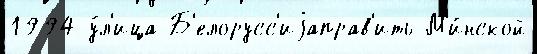
1994 у́л'ица Б'елорусс'иjаправ'ить М'и́нской